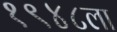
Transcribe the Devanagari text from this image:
१९४८ला